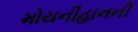
મોયનીહાનની